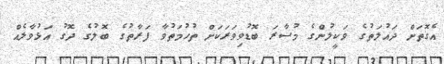
އެގޮތަށް ދައުލަތުގެ ވަކީލުންގެ މުސާރަ ބޮޑުވިވަރަކަށް ތުހުމަތުވާ ފަރާތުގެ ބޮލުގެ ދޮގު އަޅުވާލެއް